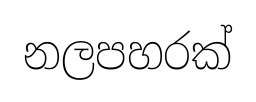
නලපහරක්